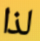
لذا